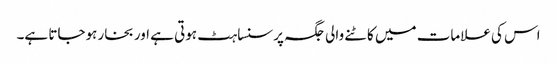
اس کی علامات میں کاٹنے والی جگہ پر سنساہٹ ہوتی ہے اور بخار ہوجاتا ہے۔